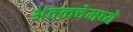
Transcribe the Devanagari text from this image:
अंतत्वचेमध्ये